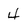
Character: 4